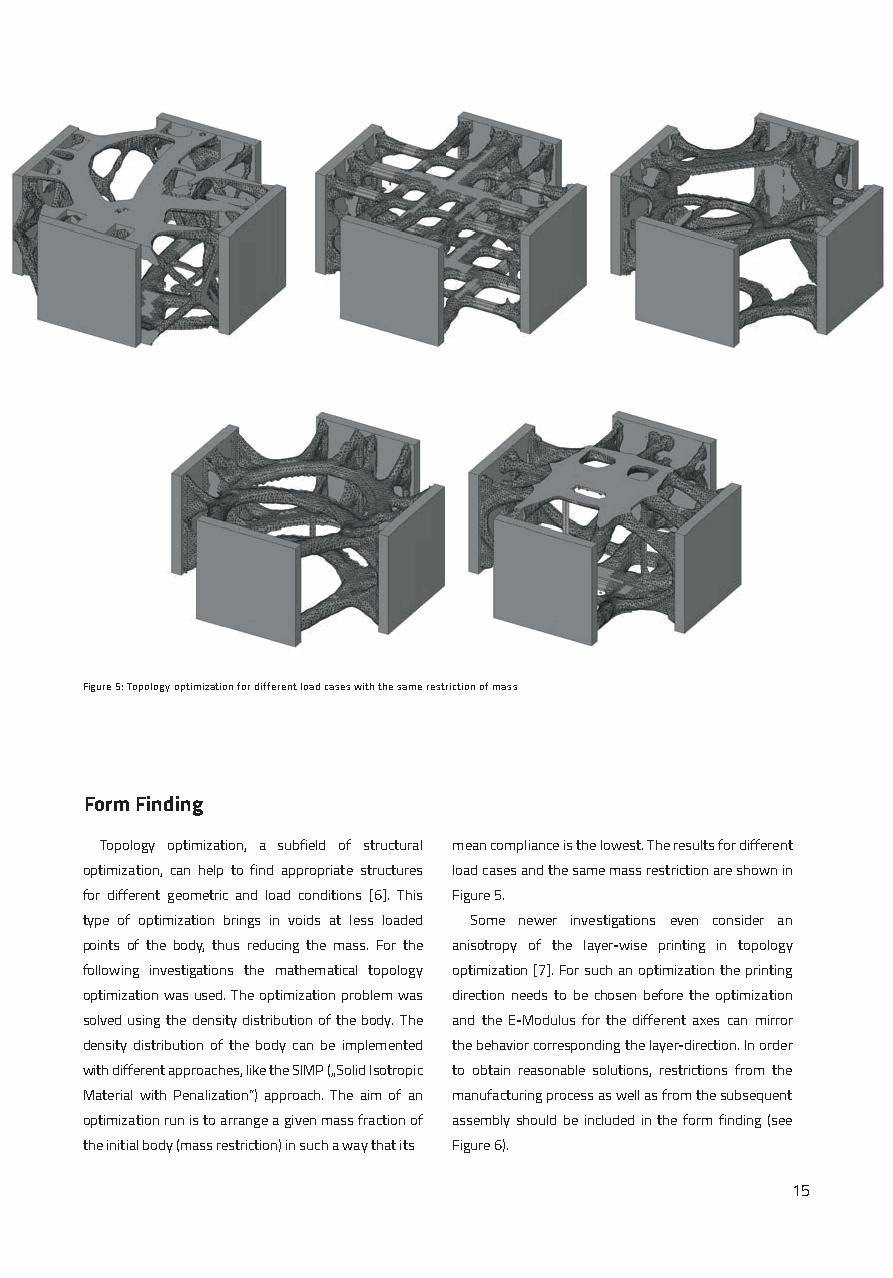
Figure 5: Topology optimization for different load cases with the same restriction of mass
 Form Finding
 Topology optimization, a subfield of structural mean compliance is the lowest. The results for different
 optimization, can help to find appropriate structures load cases and the same mass restriction are shown in
 for different geometric and load conditions [6]. This Figure 5.
 type of optimization brings in voids at less loaded Some newer investigations even consider an
 points of the body, thus reducing the mass. For the anisotropy of the layer-wise printing in topology
 following investigations the mathematical topology optimization [7]. For such an optimization the printing
 optimization was used. The optimization problem was direction needs to be chosen before the optimization
 solved using the density distribution of the body. The and the E-Modulus for the different axes can mirror
 density distribution of the body can be implemented the behavior corresponding the layer-direction. In order
 with different approaches, like the SIMP („Solid Isotropic to obtain reasonable solutions, restrictions from the
 Material with Penalization“) approach. The aim of an manufacturing process as well as from the subsequent
 optimization run is to arrange a given mass fraction of assembly should be included in the form finding (see
 the initial body (mass restriction) in such a way that its Figure 6).
 15